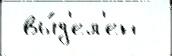
 вы́д'ел'ен